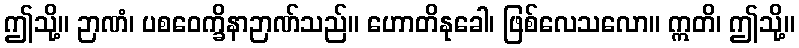
ဤသို့။ ဉာဏံ၊ ပစဝေက္ခိနာဉာဏ်သည်။ ဟောတိနုခေါ၊ ဖြစ်လေသလော။ ဣတိ၊ ဤသို့။